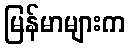
မြန်မာများက